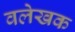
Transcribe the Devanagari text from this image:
वलेखक